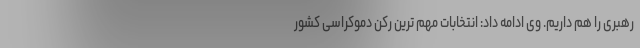
رهبری را هم داریم. وی ادامه داد: انتخابات مهم ترین رکن دموکراسی کشور